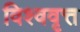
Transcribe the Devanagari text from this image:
विश्ववृत्त